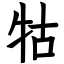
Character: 牯